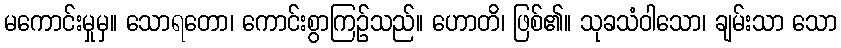
မကောင်းမှုမှ။ သောရတော၊ ကောင်းစွာကြဉ်သည်။ ဟောတိ၊ ဖြစ်၏။ သုခသံဝါသော၊ ချမ်းသာ သော